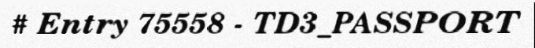
# Entry 75558 - TD3_PASSPORT